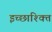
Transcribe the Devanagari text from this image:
इच्छाश्क्ति